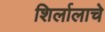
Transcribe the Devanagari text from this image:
शिर्लालाचे